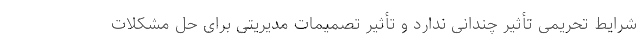
شرایط تحریمی تأثیر چندانی ندارد و تأثیر تصمیمات مدیریتی برای حل مشکلات